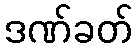
ဒဏ်ခတ်